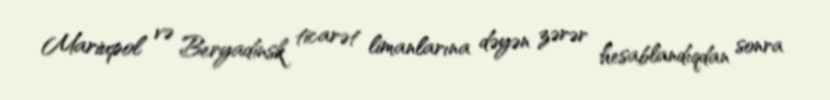
Mariupol və Beryadinsk ticarət limanlarına dəyən zərər hesablandıqdan sonra